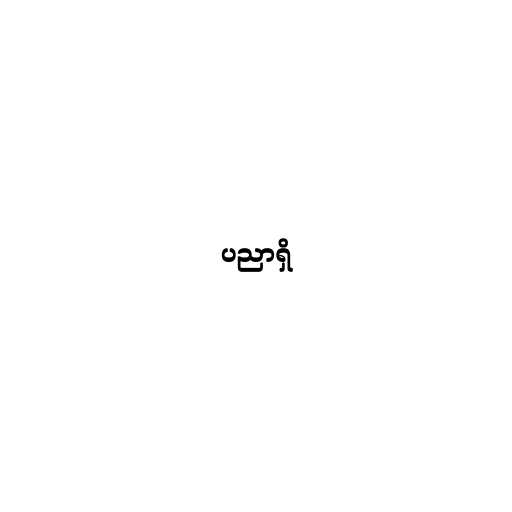
ပညာရှိ